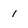
Character: 1